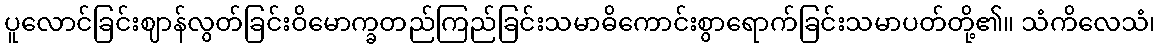
ပူလောင်ခြင်းဈာန်လွတ်ခြင်းဝိမောက္ခတည်ကြည်ခြင်းသမာဓိကောင်းစွာရောက်ခြင်းသမာပတ်တို့၏။ သံကိလေသံ၊